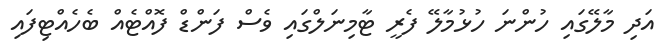
އަދި މާލޭގައި ހުންނަ ހުޅުމާލޭ ފެރީ ޓާމިނަލްގައި ވެސް ފަންޑް ފޮއްޓެއް ބެހެއްޓިފައި